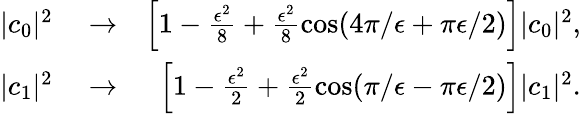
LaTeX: \begin{array}{rlr}{|c_{0}|^{2}}&{{}\rightarrow}&{\left[1-\frac{\epsilon^{2}}{8}+\frac{\epsilon^{2}}{8}\cos(4\pi/\epsilon+\pi\epsilon/2)\right]|c_{0}|^{2},}\\ {|c_{1}|^{2}}&{{}\rightarrow}&{\left[1-\frac{\epsilon^{2}}{2}+\frac{\epsilon^{2}}{2}\cos(\pi/\epsilon-\pi\epsilon/2)\right]|c_{1}|^{2}.}\end{array}